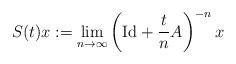
LaTeX: \begin{align*}S(t)x:=\lim_{n\to\infty}\left(\mathrm{Id}+\frac{t}{n}A\right)^{-n}x\end{align*}